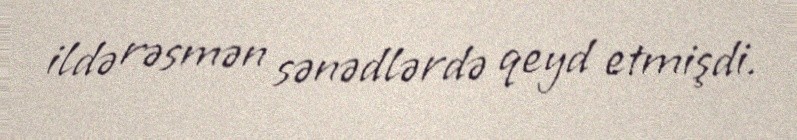
ildə rəsmən sənədlərdə qeyd etmişdi.